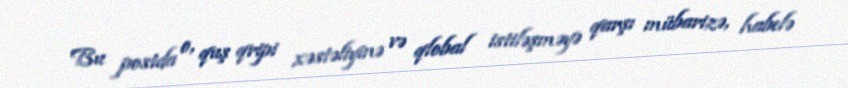
Bu postda o, quş qripi xəstəliyinə və qlobal istiləşməyə qarşı mübarizə, habelə